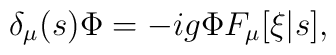
\delta_\mu(s) \Phi = - ig \Phi F_\mu[\xi|s],